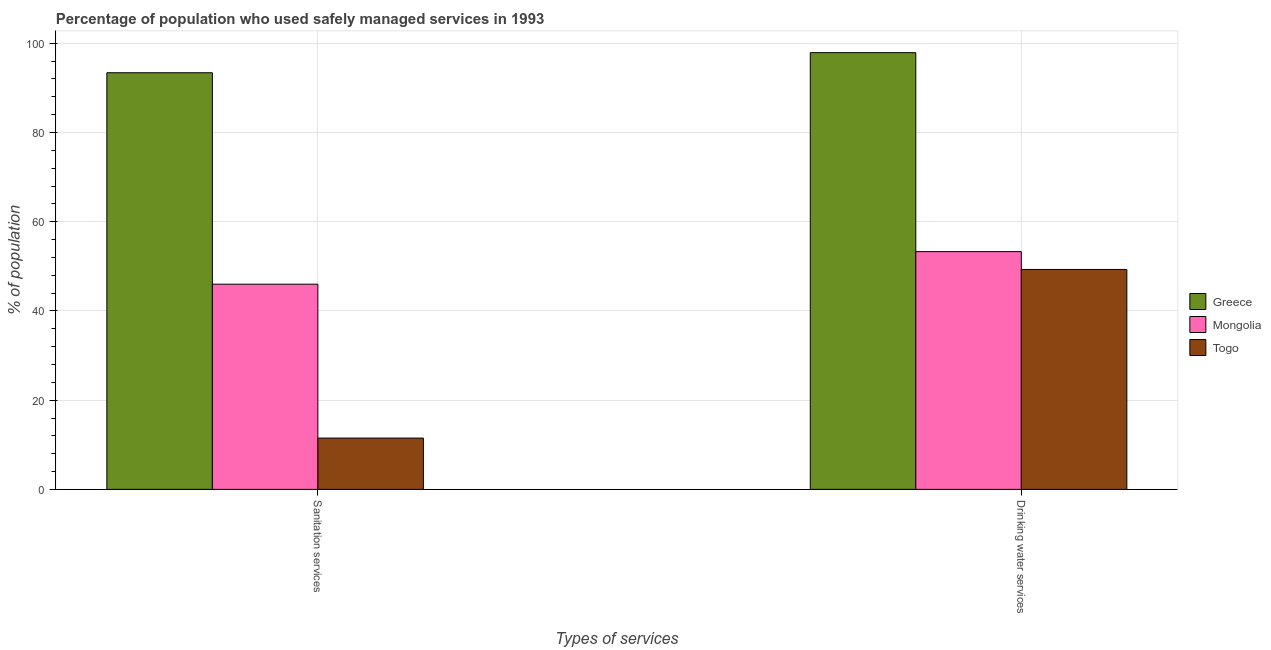
| Types of services | Greece | Mongolia | Togo |
 | --- | --- | --- | --- |
 | Sanitation services | 93.4 | 46 | 11.5 |
 | Drinking water services | 97.9 | 53.3 | 49.3 |